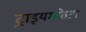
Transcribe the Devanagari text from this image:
ट्राइयमफ़ेटा